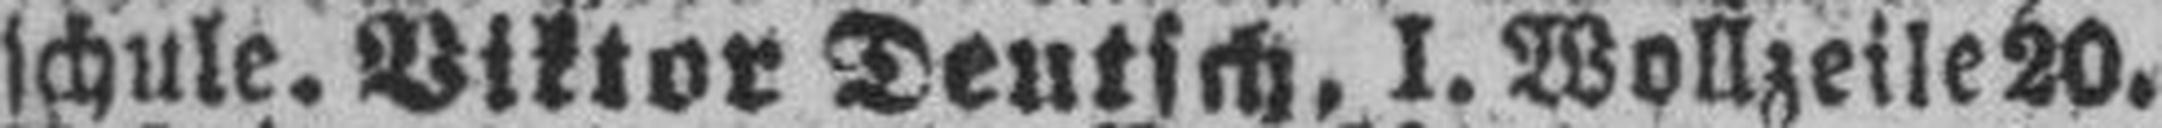
schule. Viktor Deutsch, I. Wollzeile 20.